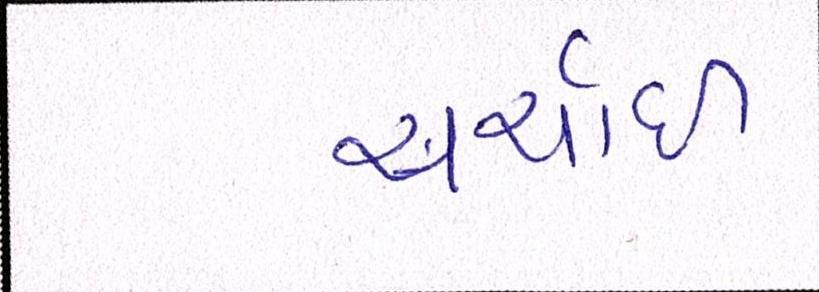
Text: ચર્ચાઇ